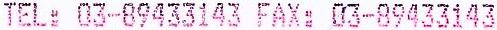
TEL: 03-89433143 FAX: 03-89433143